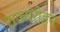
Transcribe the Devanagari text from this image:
राज्यरोहन